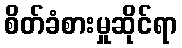
စိတ်ခံစားမှုဆိုင်ရာ